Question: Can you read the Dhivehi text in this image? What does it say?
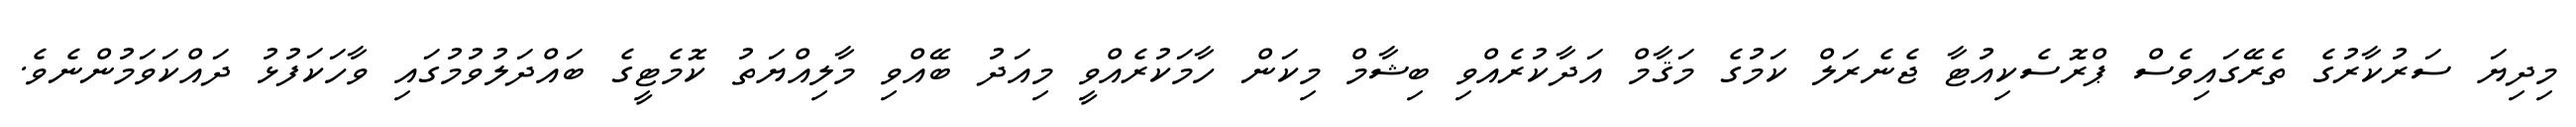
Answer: މިދިޔަ ސަރުކާރުގެ ތެރޭގައިވެސް ޕްރޮސެކިއުޓާ ޖެނެރަލް ކަމުގެ މަޤާމް އަދާކުރެއްވި ބިޝާމް މިކަން ހާމަކުރެއްވީ މިއަދު ބޭއްވި މާލިއްޔަތު ކޮމެޓީގެ ބައްދަލުވުމުގައި ވާހަކަފުޅު ދައްކަވަމުންނެވެ.